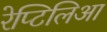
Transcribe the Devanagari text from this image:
रेप्टिलिआ